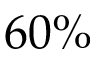
6 0 \%